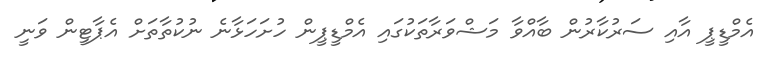
އެމްޑީޕީ އާއި ސަރުކާރުން ބާއްވާ މަޝްވަރާތަކުގައި އެމްޑީޕީން ހުށަހަޅާނެ ނުކުތާތަށް އެޕާޓީން ވަނީ